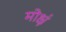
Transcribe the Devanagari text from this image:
मोक्षं